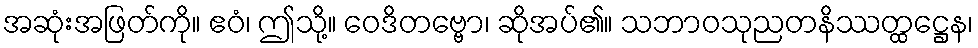
အဆုံးအဖြတ်ကို။ ဧဝံ၊ ဤသို့။ ဝေဒိတဗ္ဗော၊ ဆိုအပ်၏။ သဘာဝသုညတနိဿတ္ထဋ္ဌေန၊